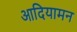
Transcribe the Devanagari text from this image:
आदियामन